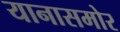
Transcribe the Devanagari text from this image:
यानासमोर